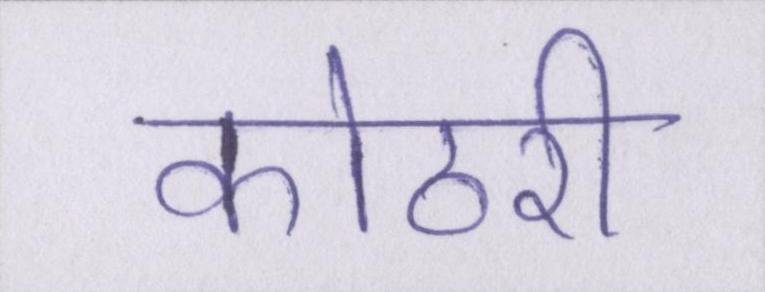
कोठरी